Newspaper: The daily morning Astorian. [volume]
Place of publication: Astoria, Oregon
Date: 1885-05-08 00:00:00
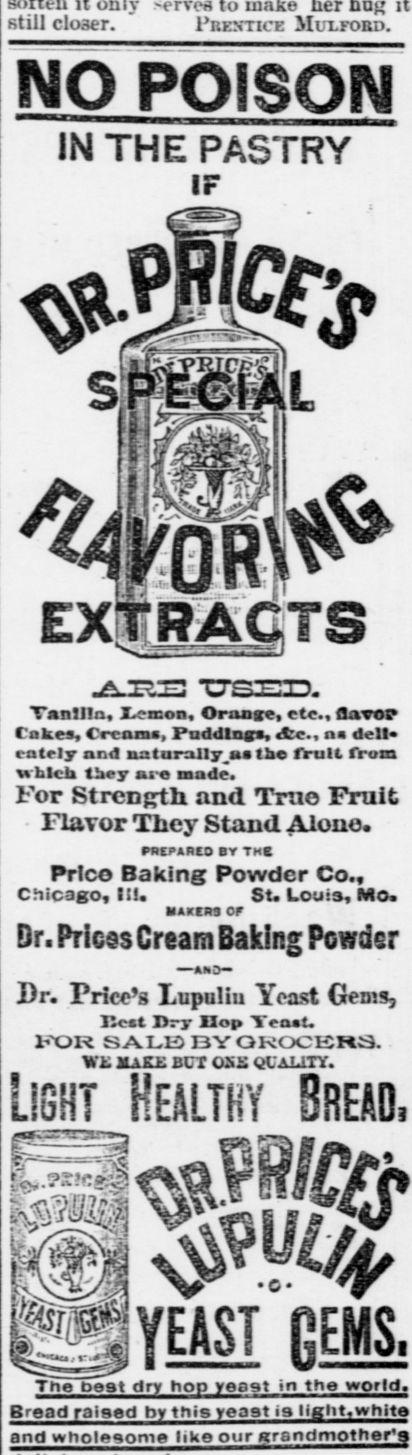
Advertisement text (OCR):
serves still closer. PnENncE Muxford. IN THE PASTRY Ir A'ff.'g! Tjr-TTTX. TanJIIn, jLcxnon, Oransc, etc., flavor Cakes, Creams, Paddings, &c, n dell cntely nnd ustarallyas tho fruit from which they aro made. For Strength, and True 3?ruifc Flavor They Stand Alono. PREPARED BY THE Prico Baking Powder Co., Chicago, III. St. touts, Mo UAKER3 OF Dr. Prices Cream Baking Powder AND Dr. Price's Xupuliu Yeast GemSj licet Dry Hop Yeatt, FOR SALE) 33Y GROCERS. "WE MAKE BOX OSS QUALITY. ir Uniiir & oS -'e The peat dry hop yoaqt in the world. Bread raised by this yeast is llplit. white and wholesome tiko our grandmother's NO POISON """""' i i ii i in iiLL.nimntiwt i iftfl f ynyj F LiUH? iieAuni uhdujh aVIfiflft YEASI GEMS.
Label: illustrations